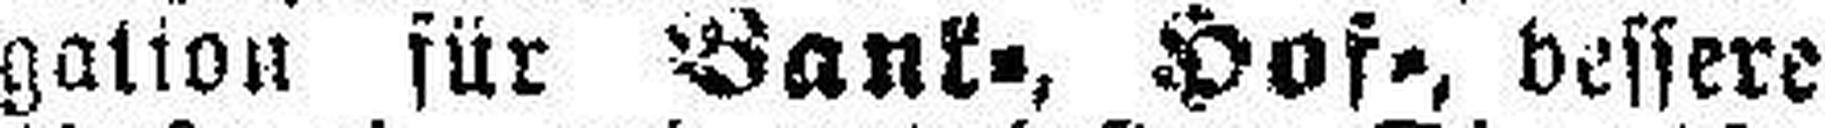
gation für Bank., Hof-, bessere